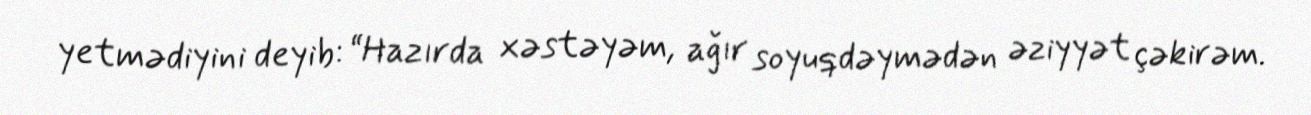
yetmədiyini deyib: “Hazırda xəstəyəm, ağır soyuqdəymədən əziyyət çəkirəm.